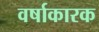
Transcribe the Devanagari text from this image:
वर्षाकारक